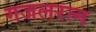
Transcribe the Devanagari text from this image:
गजलरत्‍न